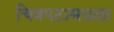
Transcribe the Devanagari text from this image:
चित्रपटामधला